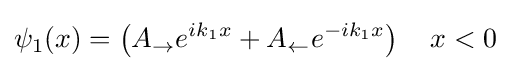
\psi _{1}(x)=\left(A_{\rightarrow }e^{ik_{1}x}+A_{\leftarrow }e^{-ik_{1}x}\right)\quad x<0